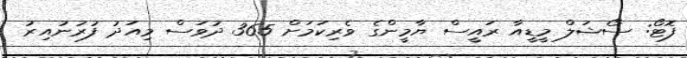
ފޮޓޯ: ސޯޝަލް މީޑީއާ ރައީސް ޔާމީންގެ ވެރިކަމަށް 365 ދުވަސް މިއަދު ފުރުނުއިރު